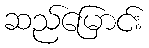
ဆည်မြောင်း